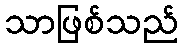
သာဖြစ်သည်